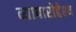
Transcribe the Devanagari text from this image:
व्यापारोद्देश्य